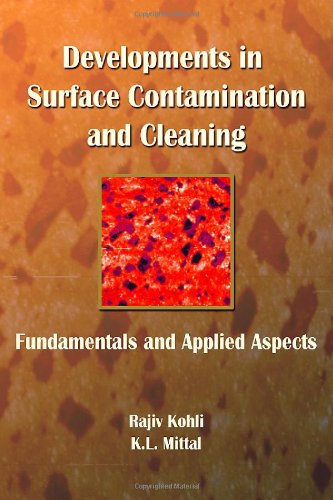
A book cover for Developments in Surface Contamination and Cleaning: Fundamentals and Applied Aspects; Science & Math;